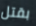
بقتل